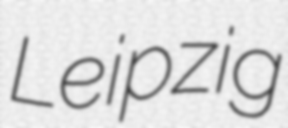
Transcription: Leipzig